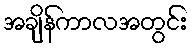
အချိန်ကာလအတွင်း